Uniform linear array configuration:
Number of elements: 32
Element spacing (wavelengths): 0.5
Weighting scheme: hann
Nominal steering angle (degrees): -30
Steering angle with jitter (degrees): -29.285
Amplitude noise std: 0.05
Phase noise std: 0.05

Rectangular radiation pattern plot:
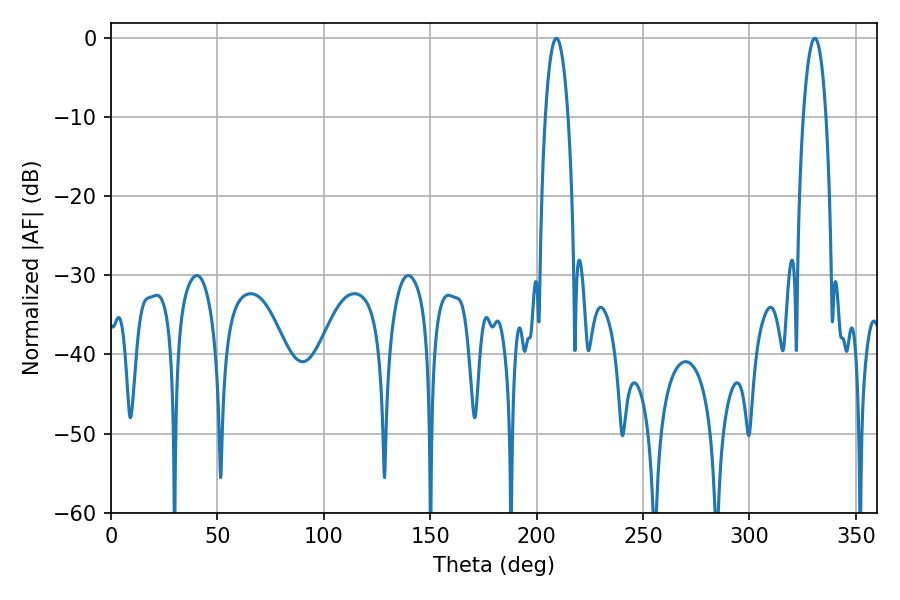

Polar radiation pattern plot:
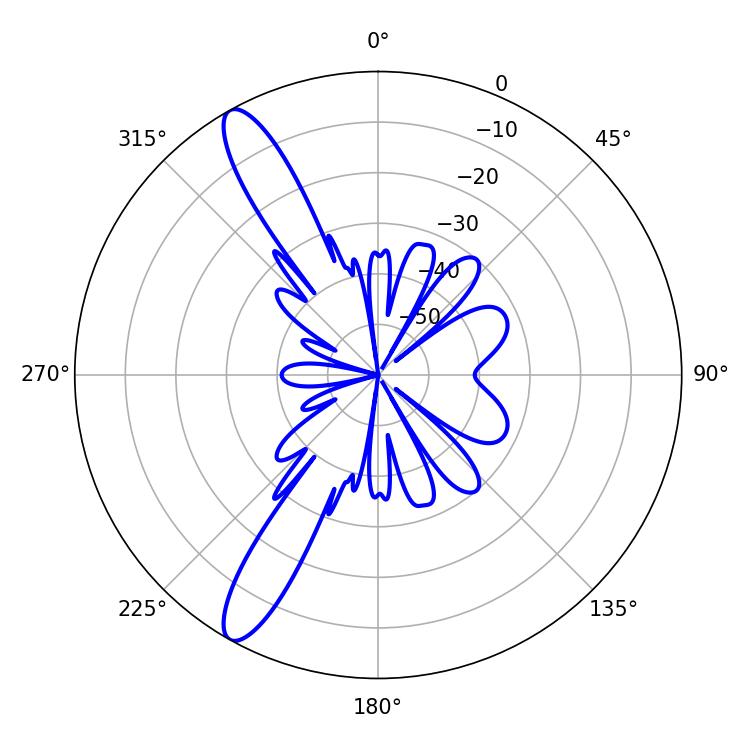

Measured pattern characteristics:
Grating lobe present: FALSE
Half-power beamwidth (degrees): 5.94
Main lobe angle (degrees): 330.66